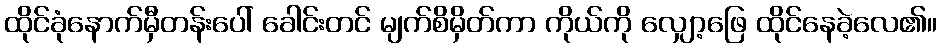
ထိုင်ခုံနောက်မှီတန်းပေါ် ခေါင်းတင် မျက်စိမှိတ်ကာ ကိုယ်ကို လျှော့ဖြေ ထိုင်နေခဲ့လေ၏။